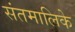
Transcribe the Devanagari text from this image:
संतमालिके